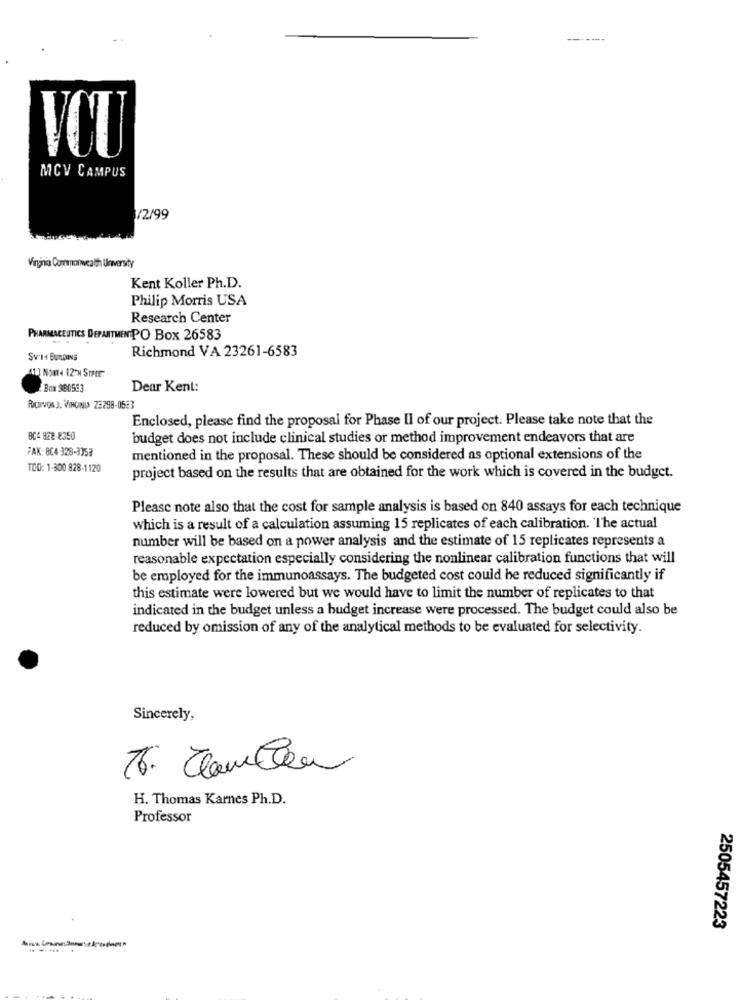
------
MCV CAMPUS
/2/99
Virginia Commonweath Unversity
Kent Koller Ph.D.
Philip Morris USA
Research Center
PHARMACEUTICS DEPARTMENT PO Box 26583
Richmond VA 23261-6583
Sv-14 BULDING
41] Nont4 12'N Smrtr:
Box 980583
Dear Kent:
RICHTVON J. VINGINIA Z3298-0523
Enclosed, please find the proposal for Phase II of our project. Please take note that the
BC4822-8350
budget does not include clinical studies or method improvement endeavors that are
FAK: 804 328-1358
mentioned in the proposal. These should be considered as optional extensions of the
TCO: 1-300 828-1120
project based on the results that are obtained for the work which is covered in the budget.
Please note also that the cost for sample analysis is based on 840 assays for each technique
which is a result of a calculation assuming 15 replicates of each calibration. "The actual
number will be based on a power analysis and the estimate of 15 replicates represents a
reasonable expectation especially considering the nonlinear calibration functions that will
be employed for the immunoassays. The budgeted cost could be reduced significantly if
this estimate were lowered but we would have to limit the number of replicates to that
indicated in the budget unless a budget increase were processed. The budget could also be
reduced by omission of any of the analytical methods to be evaluated for selectivity.
Sincerely,
76. Clamber
H. Thomas Karnes Ph.D.
Professor
2505457223